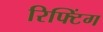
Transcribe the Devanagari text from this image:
रिफ्टिंग